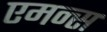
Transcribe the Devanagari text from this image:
एमन्स